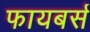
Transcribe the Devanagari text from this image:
फायबर्स